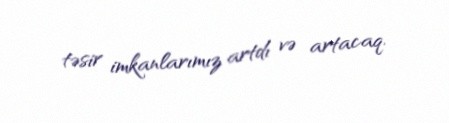
təsir imkanlarımız artdı və artacaq.